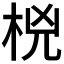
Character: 𰗟